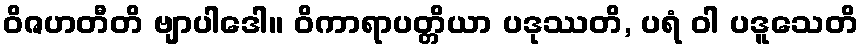
ဝိဇဟတီတိ ဗျာပါဒေါ။ ဝိကာရာပတ္တိယာ ပဒုဿတိ, ပရံ ဝါ ပဒူသေတိ